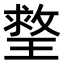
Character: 𤨣